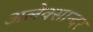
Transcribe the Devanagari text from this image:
अलेक्सान्दर